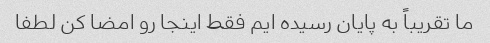
ما تقریباً به پایان رسیده ایم فقط اینجا رو امضا کن لطفا